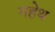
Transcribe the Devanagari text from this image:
गहेथ